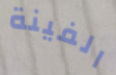
الفينة